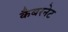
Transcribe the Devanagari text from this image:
कैबरनेट